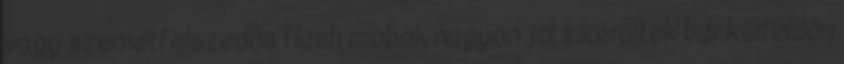
vagy szemétfelszedős flash mobok nagyon jól sikerültek bár külföldön